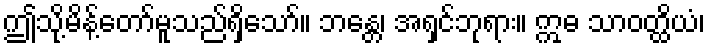
ဤသို့မိန့်တော်မူသည်ရှိသော်။ ဘန္တေ၊ အရှင်ဘုရား။ ဣဓ သာဝတ္ထိယံ၊